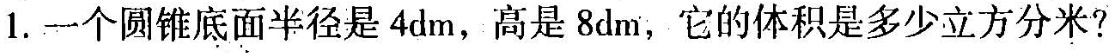
1. 一个圆锥底面半径是 4 dm，高是8 dm，它的体积是多少立方分米?